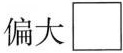
偏大\square